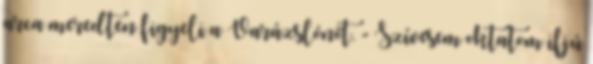
arca meredten figyeli a Varázslónőt. - Szívesem oktatom ifjú